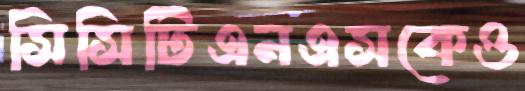
সিসিটিএনএসকেও